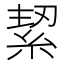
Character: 𮈑